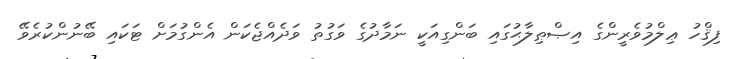
ފިޤްހު ޢިލްމުވެރީންގެ އިޞްޠިލާޙުގައި ބަންގިއަކީ ނަމާދުގެ ވަގުތު ވަދެއްޖެކަން އެންގުމަށް ޓަކައި ބޭނުންކުރެވޭ